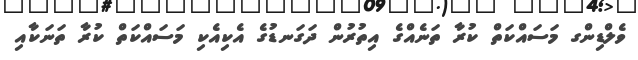
ވެލްޑިންގ މަސައްކަތް ކުރާ ތަނެއްގެ އިތުރުން ދަގަނޑުގެ އެކިއެކި މަސައްކަތް ކުރާ ތަނަކާއި